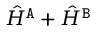
\hat { H } ^ { { \tt A } } + \hat { H } ^ { { \tt B } }